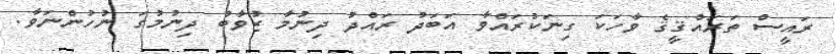
ރައީސް ތަރައްޤީޤެ ވާހަކަ ގިނަކުރައްވާ އަބަދު ރައްދު ދިނުމާ ޒުވާބު ދިނުމުގަ ނުހުންނަވާ.